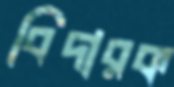
বিদারক